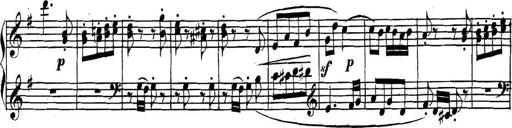
Title: Collected Piano Sonatas
Composer: Muzio Clementi